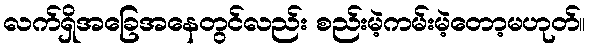
လက်ရှိအခြေအနေတွင်လည်း စည်းမဲ့ကမ်းမဲ့တော့မဟုတ်။